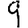
Digit: 9